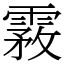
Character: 霚